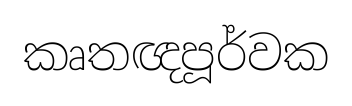
කෘතඥපූර්වක